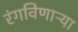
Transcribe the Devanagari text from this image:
रंगविणाऱ्या